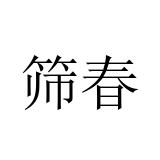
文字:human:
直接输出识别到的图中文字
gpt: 筛春